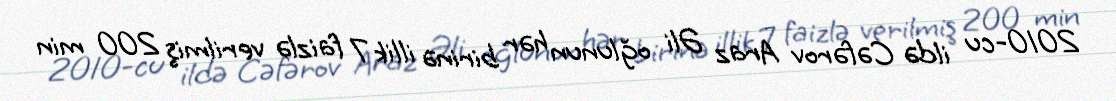
2010-cu ildə Cəfərov Araz Əli oğlunun hər birinə illik 7 faizlə verilmiş 200 min